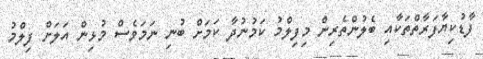
ފާޑުކިޔާފަރާތްތަކާއި ބެލުންތެރިން މިފިލްމު ކަމުނުދާ ކަމަށް ބުނި ނަމަވެސް މުޅިން އަލަށް ފިލްމު